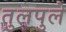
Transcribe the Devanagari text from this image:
तुलपुले